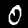
Label: 0